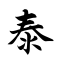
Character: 泰